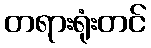
တရားရုံးတင်